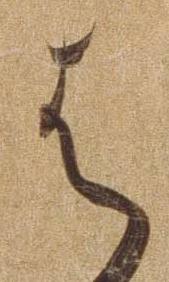
は